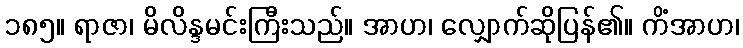
၁၈၅။ ရာဇာ၊ မိလိန္ဒမင်းကြီးသည်။ အာဟ၊ လျှောက်ဆိုပြန်၏။ ကိံအာဟ၊